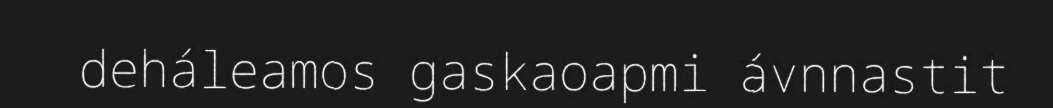
deháleamos gaskaoapmi ávnnastit